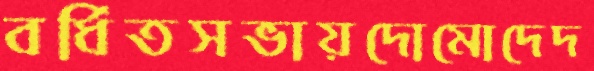
বর্ধিতসভায়দোমোদেদ